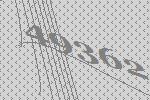
49362